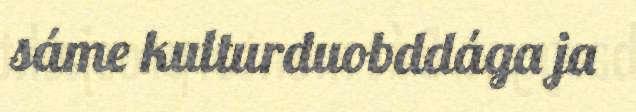
sáme kulturduobddága ja